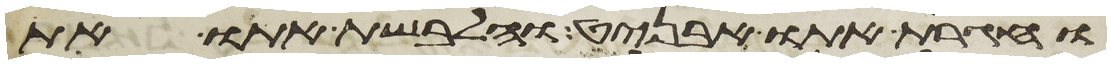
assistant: וחגרת אתו אבניט והלבשת אתו את